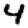
Digit: 4